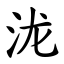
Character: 泷